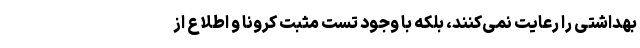
بهداشتی را رعایت نمی‌کنند، بلکه با وجود تست مثبت کرونا و اطلاع از